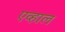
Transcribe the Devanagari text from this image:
एव्हाल